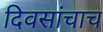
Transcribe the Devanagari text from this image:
दिवसांचाच